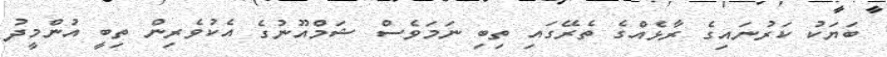
ބަޔަކު ކަރުނައިގެ ރާޅެއްގެ ތެރޭގައި ތިބި ނަމަވެސް ޝަމްއޫނުގެ އެކުވެރިން ތިބީ އުންމީދު